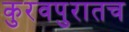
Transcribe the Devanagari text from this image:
कुरवपुरातच